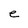
Character: e